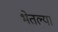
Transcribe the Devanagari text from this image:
भेतल्या